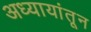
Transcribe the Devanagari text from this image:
अध्यायांतून